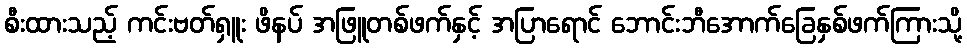
စီးထားသည့် ကင်းဗတ်ရှူး ဖိနပ် အဖြူတစ်ဖက်နှင့် အပြာရောင် ဘောင်းဘီအောက်ခြေနှစ်ဖက်ကြားသို့